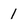
Character: 1